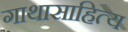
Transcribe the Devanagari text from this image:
गाथासाहित्य